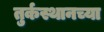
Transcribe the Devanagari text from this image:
तुर्कस्थानच्या